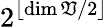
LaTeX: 2^{\lfloor\dim\mathfrak{V}/2\rfloor}